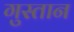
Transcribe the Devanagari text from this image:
गुस्तान